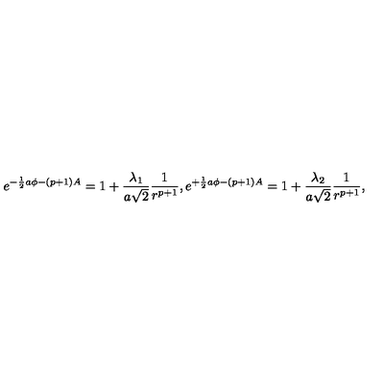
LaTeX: e ^ { - { \frac { 1 } { 2 } } a \phi - ( p + 1 ) A } = 1 + { \frac { \lambda _ { 1 } } { a \sqrt { 2 } } } { \frac { 1 } { r ^ { p + 1 } } } , e ^ { + { \frac { 1 } { 2 } } a \phi - ( p + 1 ) A } = 1 + { \frac { \lambda _ { 2 } } { a \sqrt { 2 } } } { \frac { 1 } { r ^ { p + 1 } } } ,